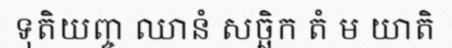
ទុតិយញ្ច ឈានំ សច្ឆិក តំ ម យាតិ